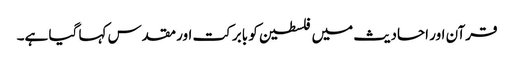
قرآن اور احادیث میں فلسطین کو بابرکت اور مقدس کہا گیا ہے۔